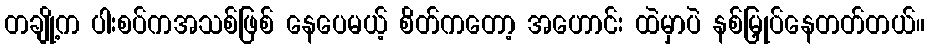
တချို့က ပါးစပ်ကအသစ်ဖြစ် နေပေမယ့် စိတ်ကတော့ အဟောင်း ထဲမှာပဲ နစ်မြှုပ်နေတတ်တယ်။